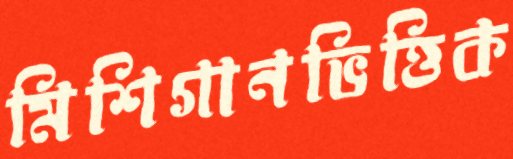
মিশিগানভিত্তিক